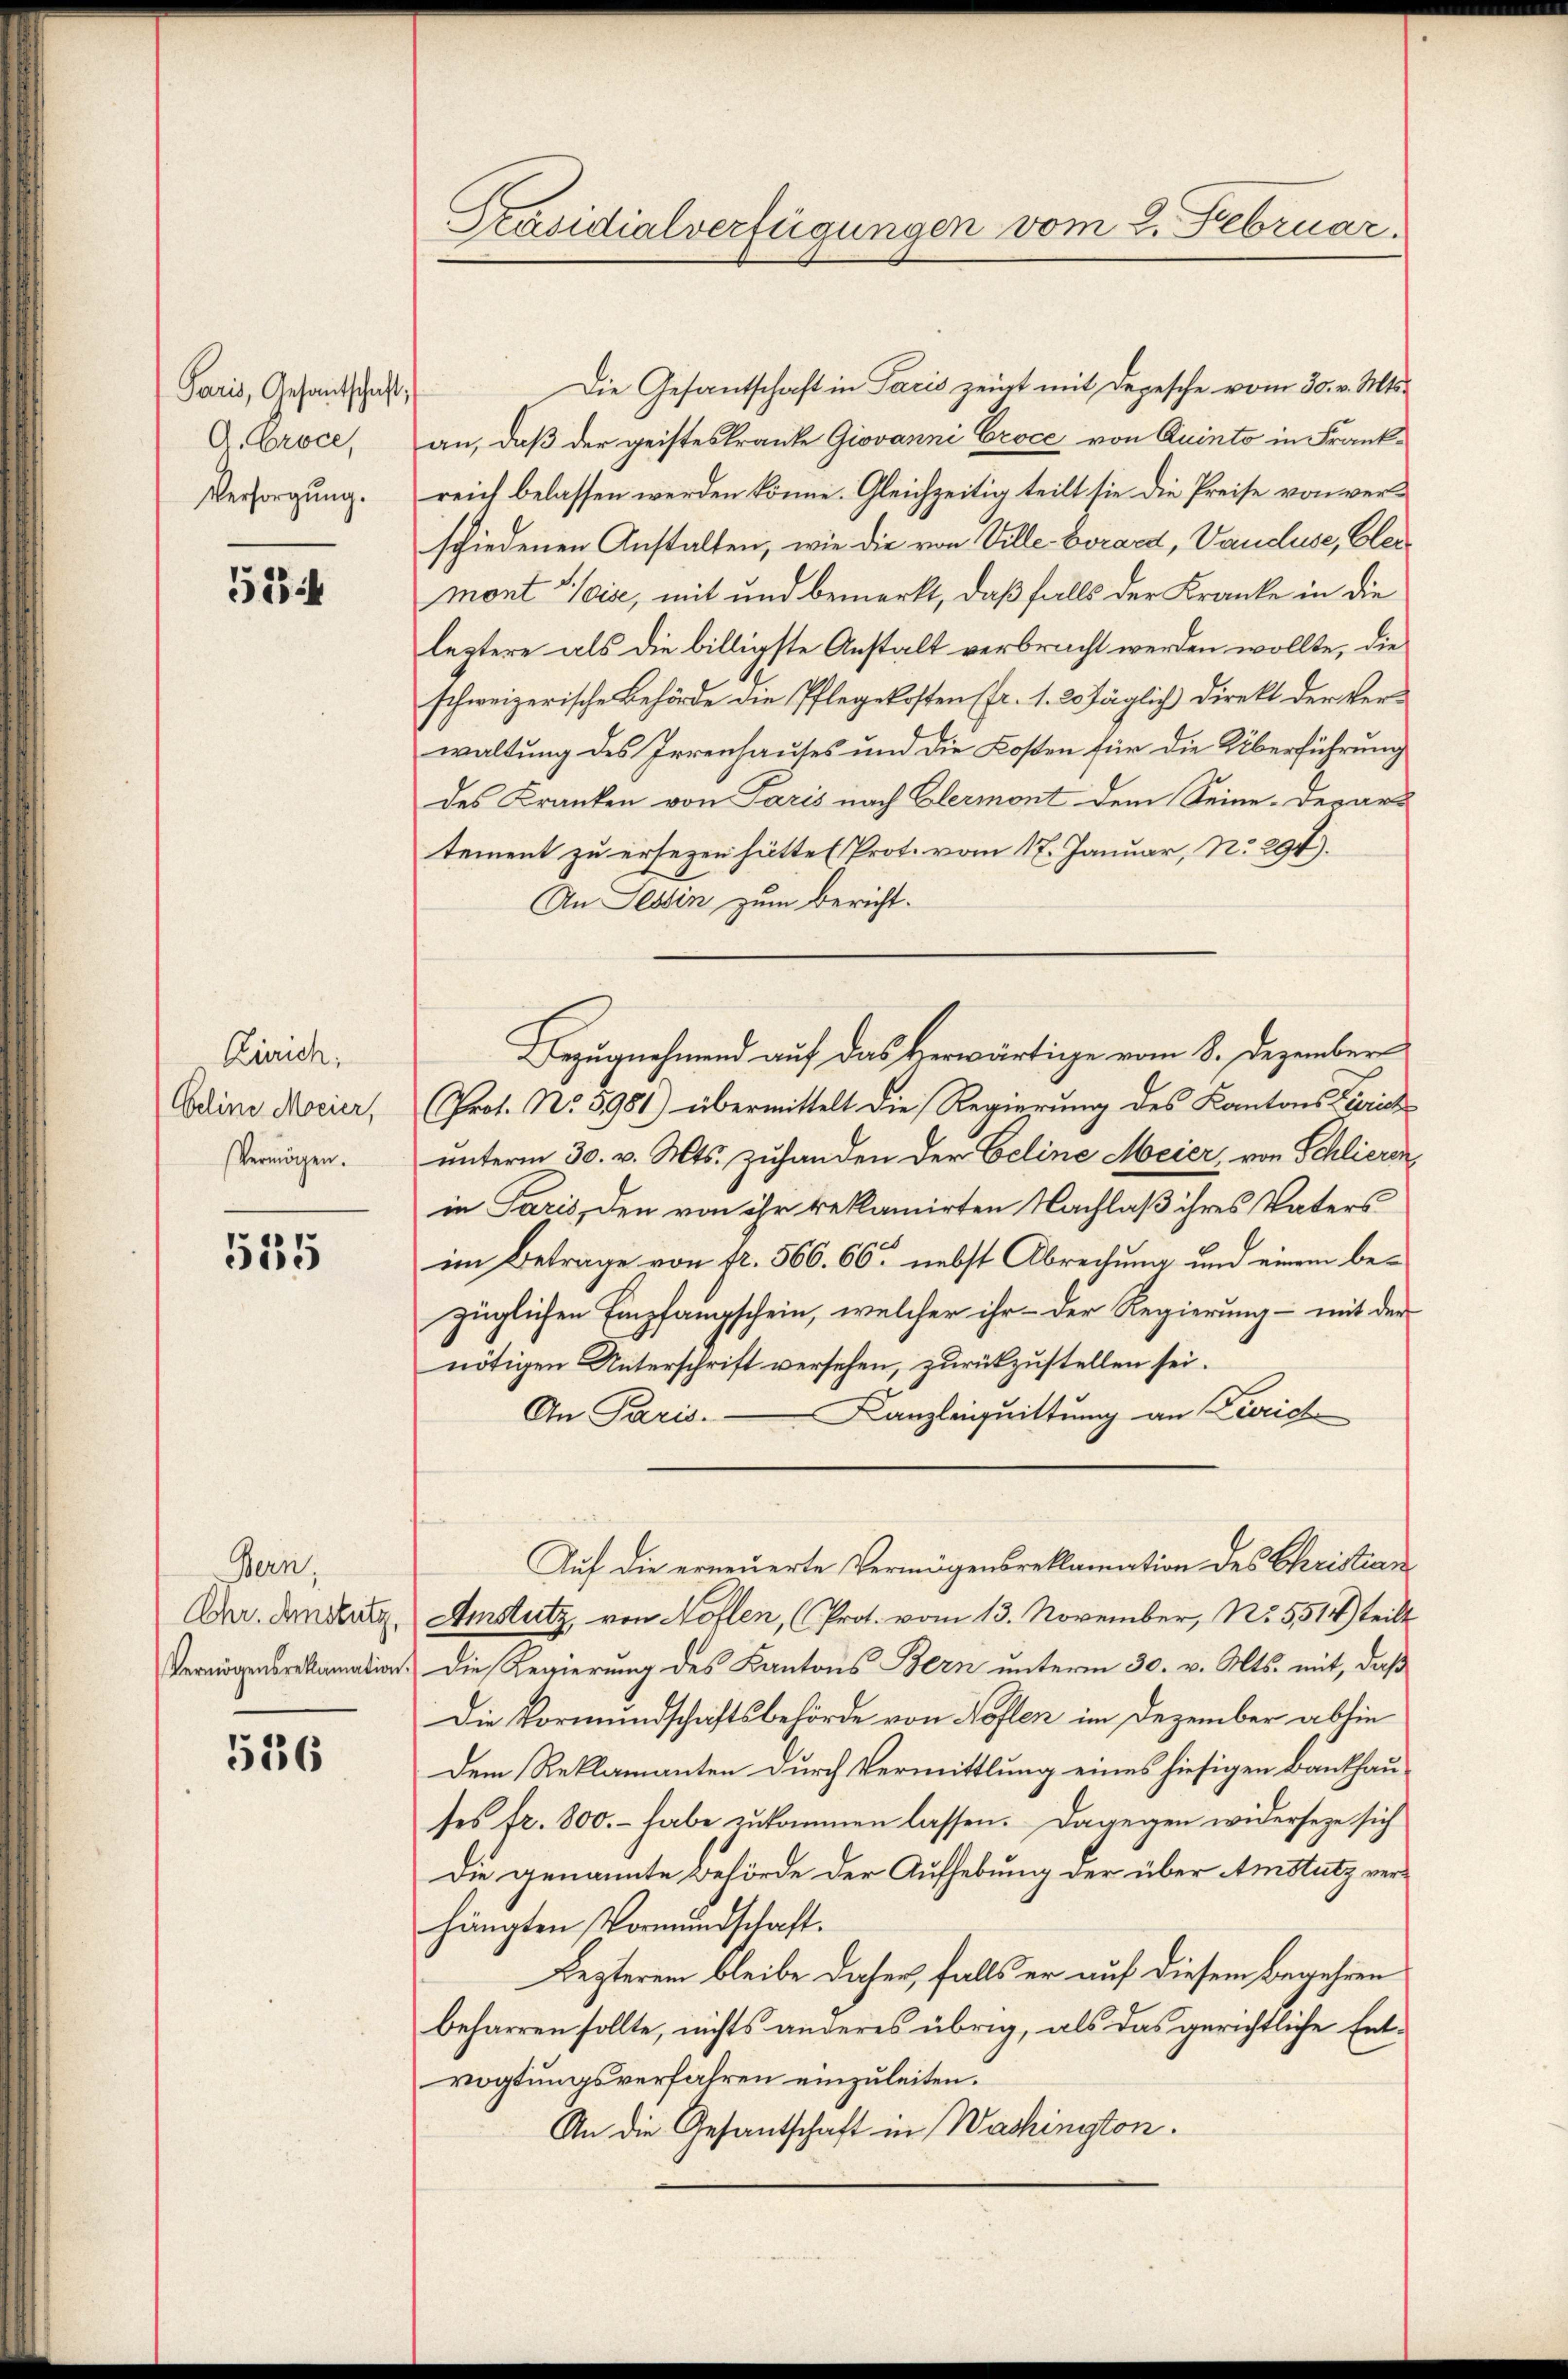
Paris, Gesantschaft,
A. Croce,
Versorgung.

524

Zürich,
Celine Meier,
Vermögen.

535

Bern,
Chr. Amstutz,
Vermögensreklamation.

536

Präsidialverfügungen vom 2. Februar.

Die Gesantschaft in Paris zeigt mit Depesche vom 30. v. Mts.
an, daß der geisteskranke Giovanni Croce von Quinto in Frankreich belassen werden könne. Gleichzeitig teilt sie die Preise von verschiedenen Anstalten, wie die von Ville-Vorard, Vancluse, Clermont avise, mit und bemerkt, daß falls der Kranke in die
leztere als die billigste Anstalt verbracht werden wollte, die
schweizerische Behörde die Pflegekosten (fr. 1. 20 täglich Direkt der Verwaltung des Irrenhauses und die Kosten für die Überführung
des Kranken von Paris nach Elermont dem Seine. Derartement zu ersezen hätte (Prot. vom 17. Januar, No. 297).
An Tessin zum Bericht.
Prot. No. 5981) übermittelt die Regierung des Kantons Zürich
unterm 30. v. Mts. zuhanden der Geline Meier, von Schlieren,
in Paris, den von ihr reklamirten Nachlaß ihres Vaters
im Betrage von fr. 566. 66. nebst Abrechung und einem bezüglichen Empfangschein, welcher ihr - der Regierung – mit der
nötigen Unterschrift versehen, zurückzustellen sei.
An Paris. — Kanzleiquittung an Zürich
Auf die erneuerte Vermögensreklamation des Christian
Amstutz von Noflen, (Prot. vom 13. November, No. 5514) teilt
Die Regierung des Kantons Bern unterm 30. v. Mts. mit, daß
Die Vormundschaftsbehörde von Koflen im Dezember absie
Dem Reklamanten durch Vermittlung eines hiesigen Bankhauses fr. 800.- habe zŭkommen lassen. Dagegen widerseze sich
Die genannte Behörde der Aufhebung der über Amstutz verhängten Vormundschaft.
Lezterem bleibe daher, falls er auf diesem Begehren
beharren sollte, nichts anderes übrig, als das gerichtliche Entvogtungsverfahren einzuleiten.
An die Gesantschaft in Washington.

Bezugnahmend auf das Herwärtige vom 8. Dezember